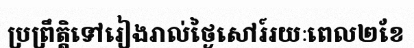
ប្រព្រឹត្តិទៅរៀងរាល់ថ្ងៃសៅរ៍រយៈពេល២ខែ